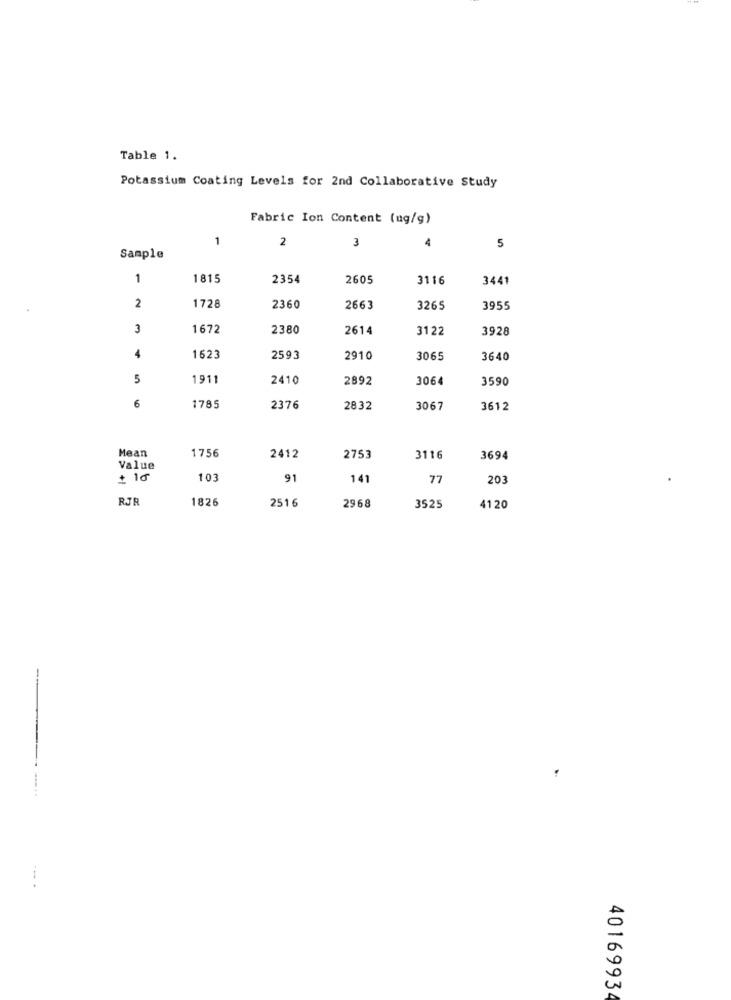
Table 1.
Potassium Coating Levels for 2nd Collaborative Study
Fabric Ion Content (ug/g)
1
2
3
5
Sample
1
1815
2354
2605
3116
3441
2360
2
1728
2663
3265
3955
3
1672
2380
2614
31 22
3928
4
1623
2593
2910
3065
3640
5
1911
2410
2892
3064
3590
6
1785
2376
2832
3067
3612
Mean
1756
2412
2753
3116
3694
Value
+ 10
103
91
141
77
203
RJF
1826
2516
2968
3525
4120
--
4016993